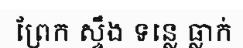
ព្រែក ស្ទឹង ទន្លេ ធ្លាក់